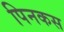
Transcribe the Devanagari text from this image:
पिनकस